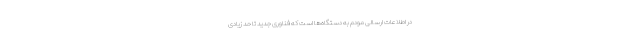
در اطلاعات ارسالی مودم به دستگاه‌ها است که فناوری جدید تا حد زیادی